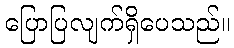
ပြောပြလျက်ရှိပေသည်။